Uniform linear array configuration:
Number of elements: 32
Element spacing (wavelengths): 0.25
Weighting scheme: hamming
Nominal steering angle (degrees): -45
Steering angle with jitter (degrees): -43.755
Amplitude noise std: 0.05
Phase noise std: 0.05

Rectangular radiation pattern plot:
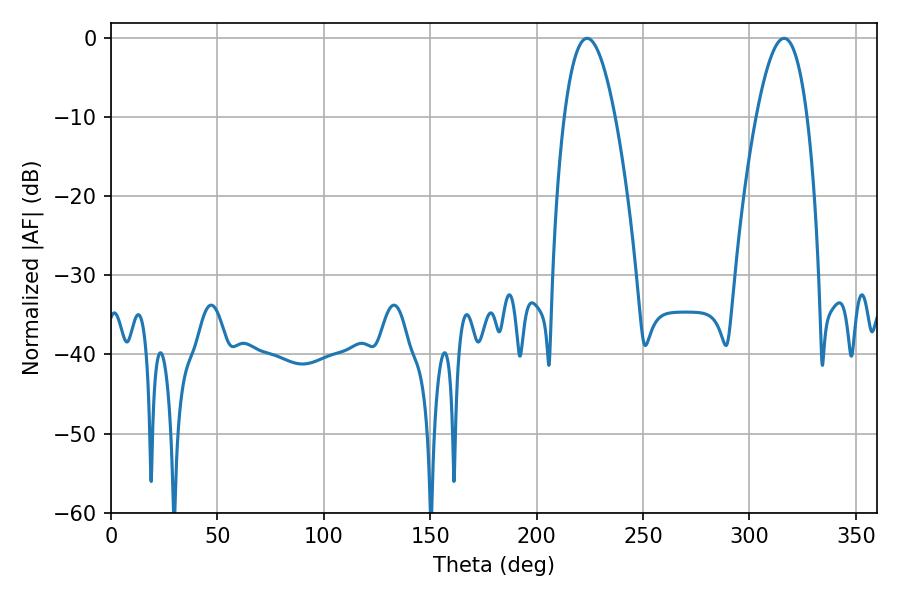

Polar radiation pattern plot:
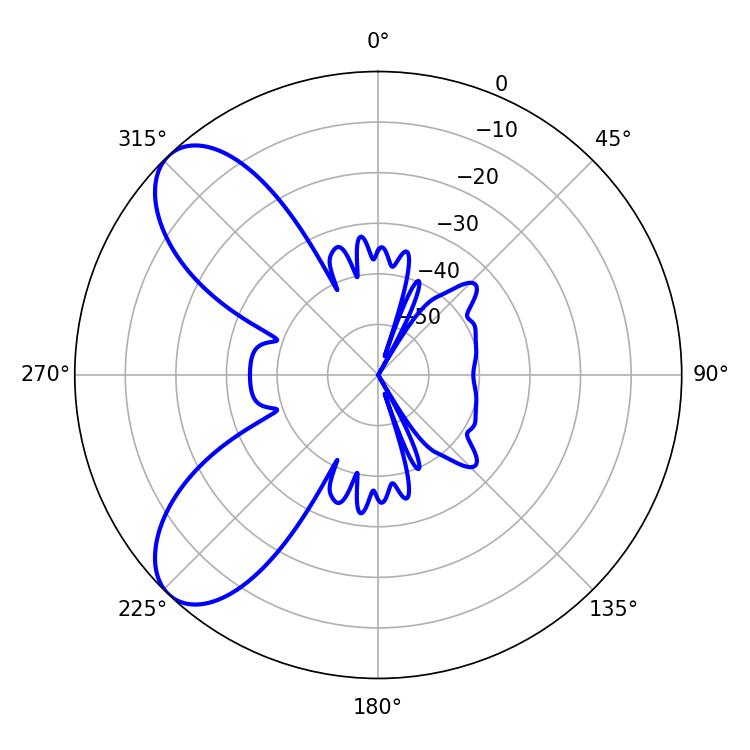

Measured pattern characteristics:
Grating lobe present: FALSE
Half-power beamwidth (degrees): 13.14
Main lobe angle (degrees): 223.74